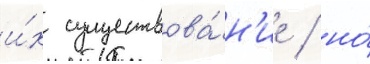
и́х существова́н'ие / но́